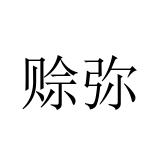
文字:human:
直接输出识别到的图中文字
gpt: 赊弥